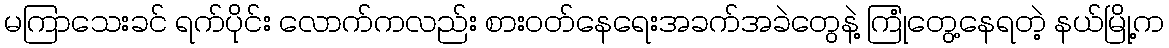
မကြာသေးခင် ရက်ပိုင်း လောက်ကလည်း စားဝတ်နေရေးအခက်အခဲတွေနဲ့ ကြုံတွေ့နေရတဲ့ နယ်မြို့က